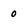
Character: 0